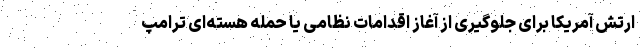
ارتش آمریکا برای جلوگیری از آغاز اقدامات نظامی یا حمله هسته‌ای ترامپ